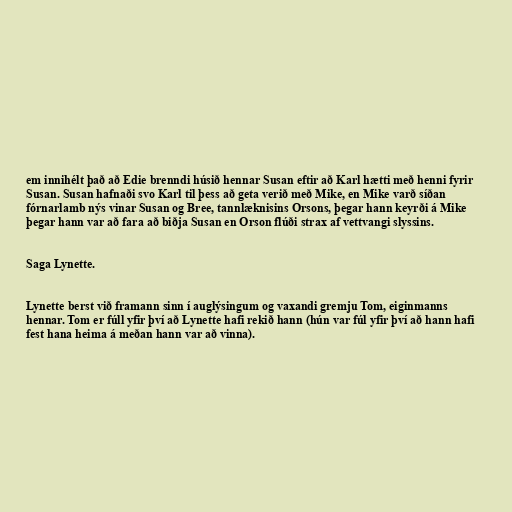
em innihélt það að Edie brenndi húsið hennar Susan eftir að Karl hætti með henni fyrir
Susan. Susan hafnaði svo Karl til þess að geta verið með Mike, en Mike varð síðan
fórnarlamb nýs vinar Susan og Bree, tannlæknisins Orsons, þegar hann keyrði á Mike
þegar hann var að fara að biðja Susan en Orson flúði strax af vettvangi slyssins.

Saga Lynette.

Lynette berst við framann sinn í auglýsingum og vaxandi gremju Tom, eiginmanns
hennar. Tom er fúll yfir því að Lynette hafi rekið hann (hún var fúl yfir því að hann hafi
fest hana heima á meðan hann var að vinna).